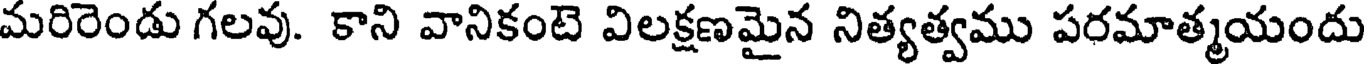
మరిరెండు గలవు. కాని వానికంటె విలక్షణమైన నిత్యత్వము పరమాత్మయందు